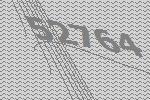
52764